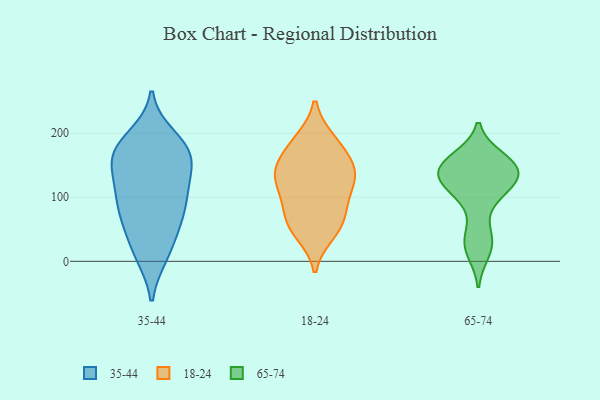
{"axis": {"x": "Active Users", "y": "Value"}, "legend": ["18-24", "35-44", "65-74"], "data": [{"x": "", "y": 145, "type": "35-44"}, {"x": "", "y": 10, "type": "35-44"}, {"x": "", "y": 171, "type": "35-44"}, {"x": "", "y": 124, "type": "35-44"}, {"x": "", "y": 100, "type": "35-44"}, {"x": "", "y": 10, "type": "35-44"}, {"x": "", "y": 179, "type": "35-44"}, {"x": "", "y": 162, "type": "35-44"}, {"x": "", "y": 67, "type": "35-44"}, {"x": "", "y": 75, "type": "35-44"}, {"x": "", "y": 63, "type": "35-44"}, {"x": "", "y": 140, "type": "35-44"}, {"x": "", "y": 194, "type": "35-44"}, {"x": "", "y": 173, "type": "35-44"}, {"x": "", "y": 90, "type": "35-44"}, {"x": "", "y": 176, "type": "35-44"}, {"x": "", "y": 109, "type": "35-44"}, {"x": "", "y": 32, "type": "35-44"}, {"x": "", "y": 141, "type": "18-24"}, {"x": "", "y": 44, "type": "18-24"}, {"x": "", "y": 121, "type": "18-24"}, {"x": "", "y": 88, "type": "18-24"}, {"x": "", "y": 77, "type": "18-24"}, {"x": "", "y": 109, "type": "18-24"}, {"x": "", "y": 58, "type": "18-24"}, {"x": "", "y": 145, "type": "18-24"}, {"x": "", "y": 135, "type": "18-24"}, {"x": "", "y": 139, "type": "18-24"}, {"x": "", "y": 53, "type": "18-24"}, {"x": "", "y": 189, "type": "18-24"}, {"x": "", "y": 188, "type": "18-24"}, {"x": "", "y": 169, "type": "18-24"}, {"x": "", "y": 124, "type": "65-74"}, {"x": "", "y": 105, "type": "65-74"}, {"x": "", "y": 135, "type": "65-74"}, {"x": "", "y": 161, "type": "65-74"}, {"x": "", "y": 129, "type": "65-74"}, {"x": "", "y": 28, "type": "65-74"}, {"x": "", "y": 148, "type": "65-74"}, {"x": "", "y": 15, "type": "65-74"}, {"x": "", "y": 158, "type": "65-74"}, {"x": "", "y": 43, "type": "65-74"}, {"x": "", "y": 103, "type": "65-74"}, {"x": "", "y": 140, "type": "65-74"}, {"x": "", "y": 146, "type": "65-74"}]}